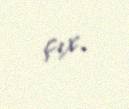
çıx.